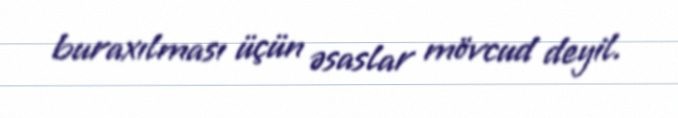
buraxılması üçün əsaslar mövcud deyil.